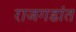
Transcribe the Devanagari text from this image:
राजगडांत